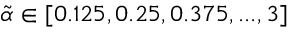
\tilde { \alpha } \in [ 0 . 1 2 5 , 0 . 2 5 , 0 . 3 7 5 , . . . , 3 ]